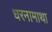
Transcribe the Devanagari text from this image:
धरनामाथा